Torma_(Votikvere)_vallavalitsus, lk 81
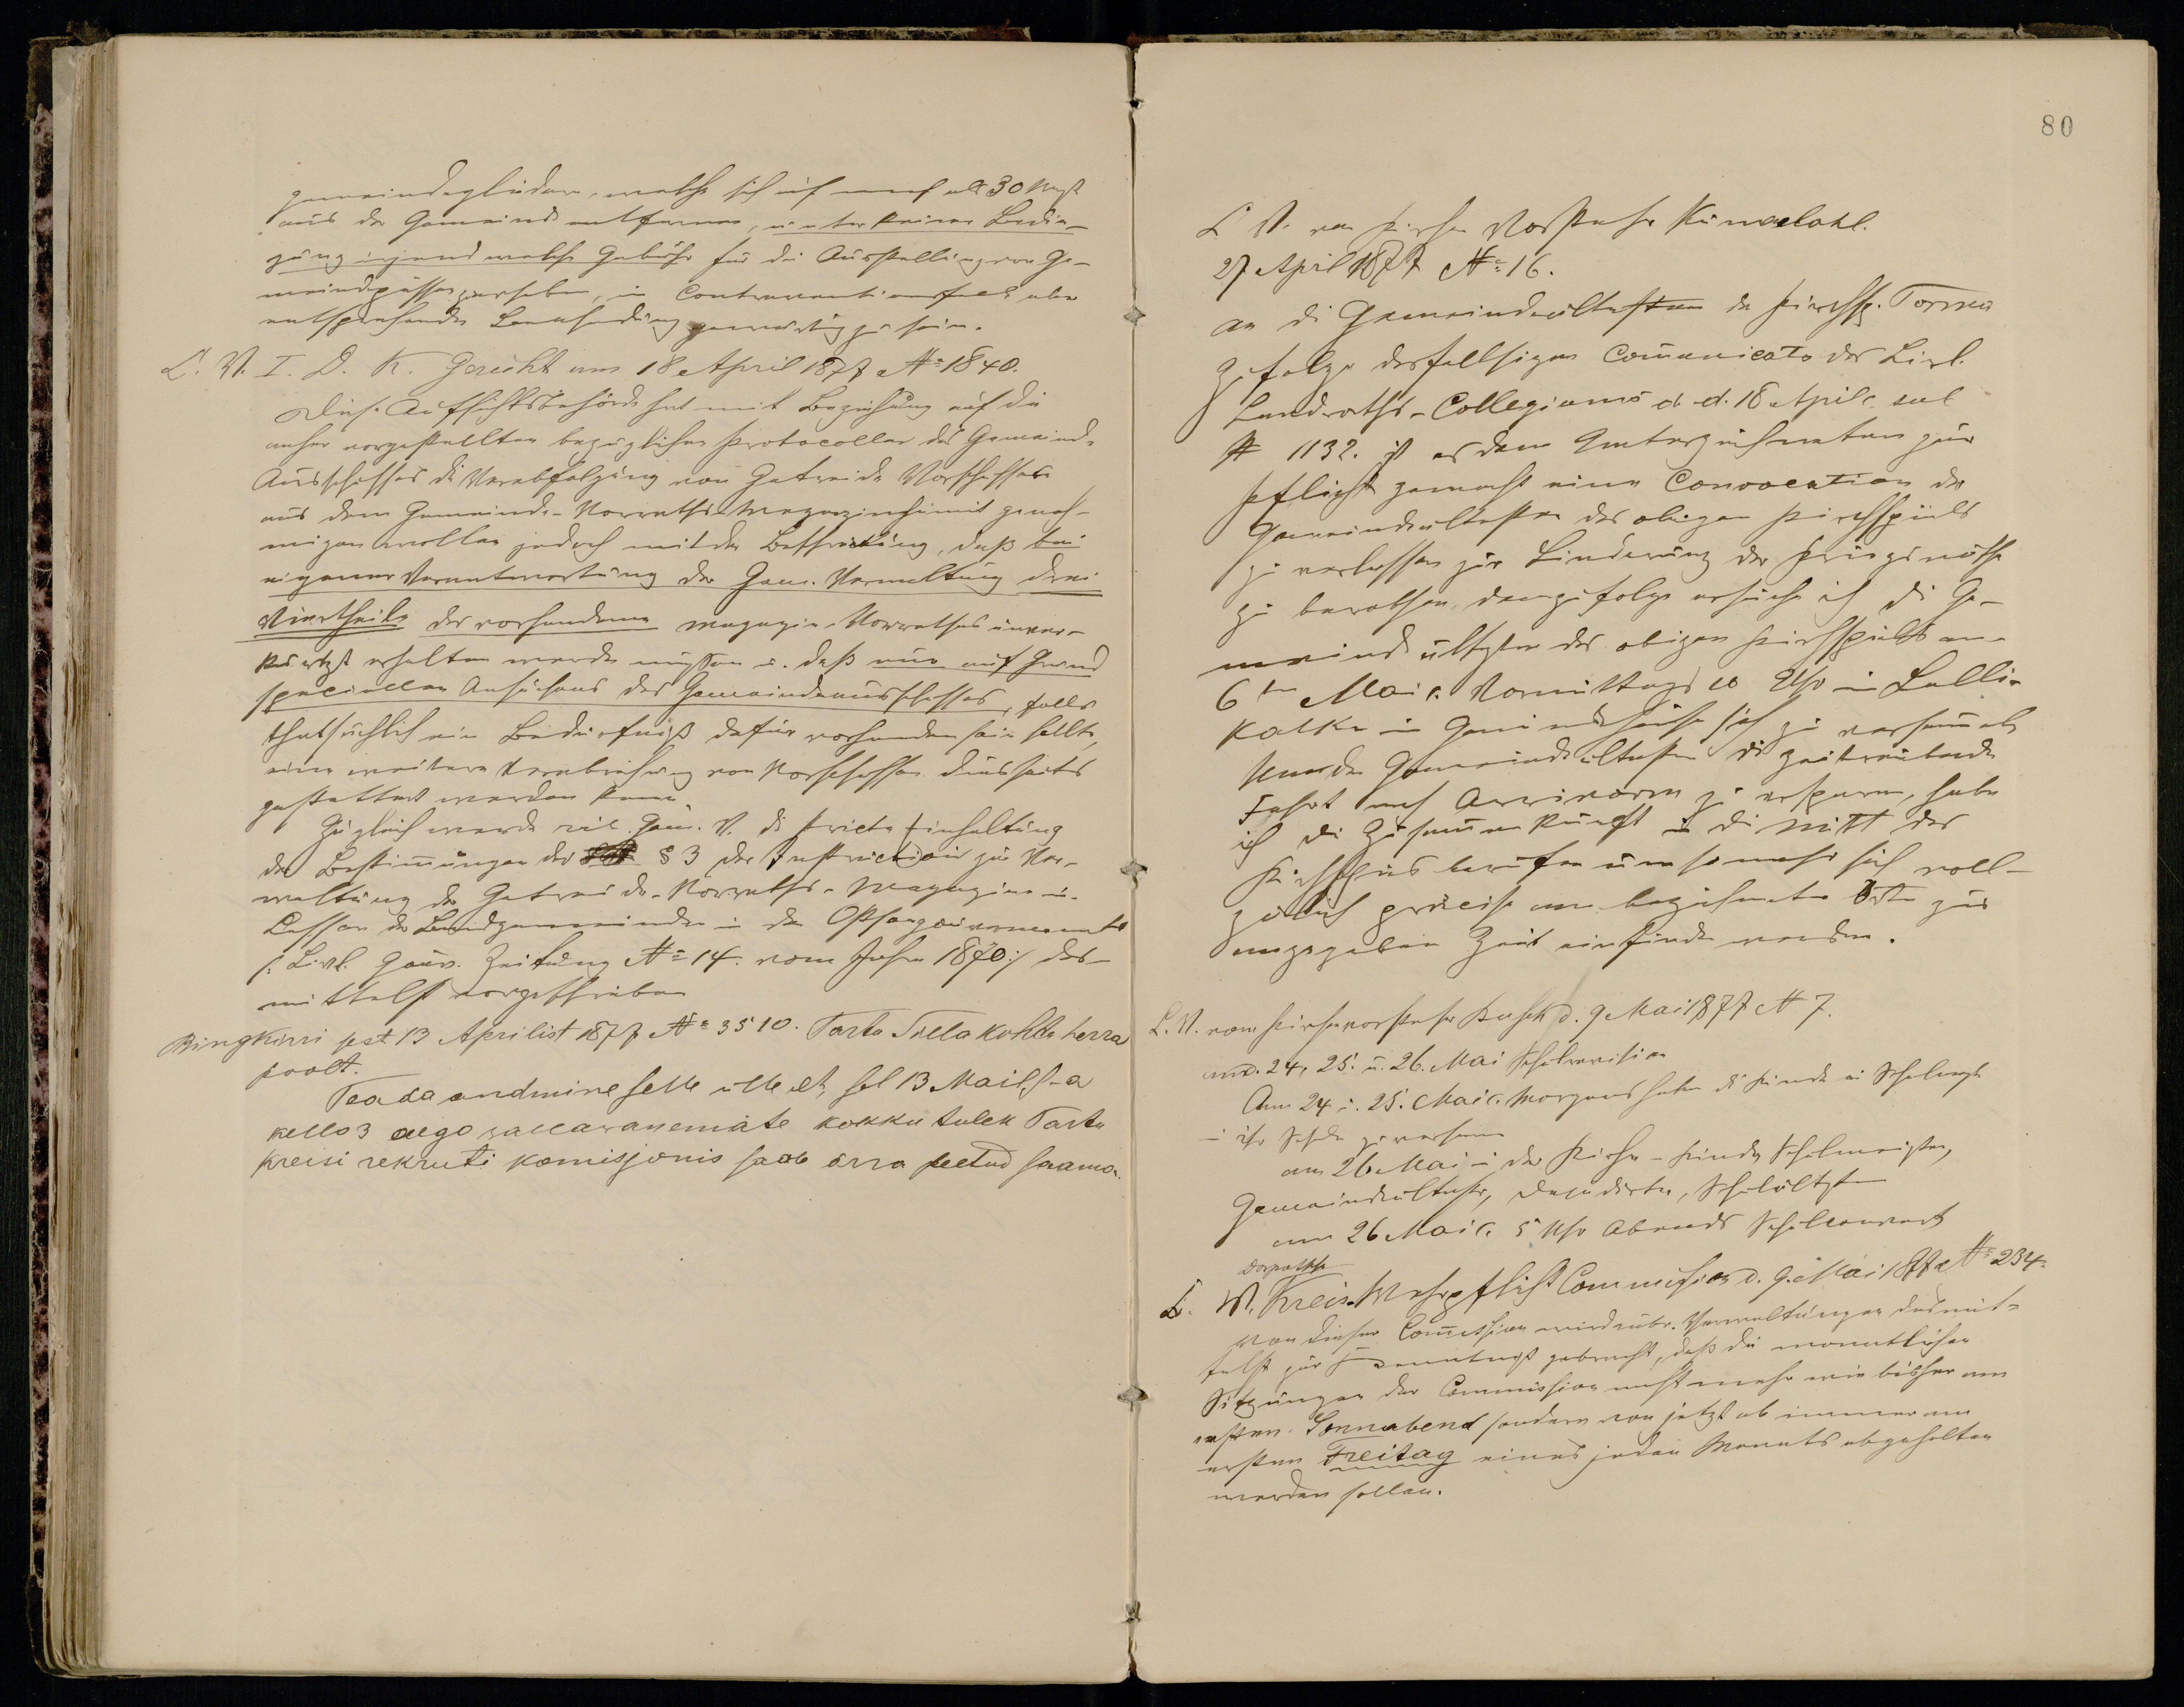
Ringkirri sest 13 Aprilist 1877 No 3510. Tarto Silla kohto herra
poolt.
Teada andmine selle ülle et sel 13 Mail s-a
kello 3 aego wallawanemate kokku tulek Tartu
Kreisi nekruti komisjonis saab ärra peetud saama.